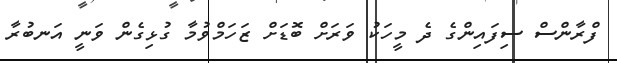
ފްރާންސް ސިފައިންގެ ދެ މީހަކު ވަރަށް ބޮޑަށް ޒަހަމްވުމާ ގުޅިގެން ވަނީ އަނބުރާ